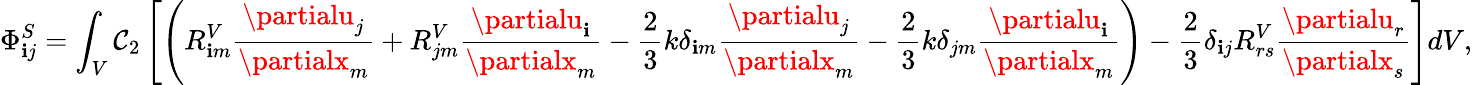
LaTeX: \Phi_{\mathbf{i}j}^{S}=\int_{V}\mathcal{C}_{2}\left[\left(R_{\mathbf{i}m}^{V}\frac{{\partialu_{j}}}{{\partialx_{m}}}+R_{jm}^{V}\frac{{\partialu_{\mathbf{i}}}}{{\partialx_{m}}}-\frac{{2}}{{3}}k\delta_{\mathbf{i}m}\frac{{\partialu_{j}}}{{\partialx_{m}}}-\frac{{2}}{{3}}k\delta_{jm}\frac{{\partialu_{\mathbf{i}}}}{{\partialx_{m}}}\right)-\frac{{2}}{{3}}\delta_{\mathbf{i}j}R_{rs}^{V}\frac{{\partialu_{r}}}{{\partialx_{s}}}\right]dV,